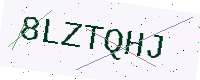
Text: 8LZTQHJ